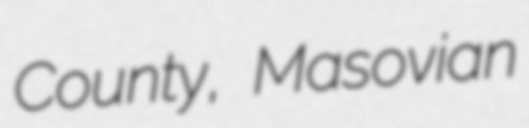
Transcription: County, Masovian